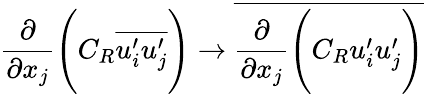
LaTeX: \frac{\partial}{\partial x_{j}}\Bigg(C_{R}\overline{{u_{i}^{\prime}u_{j}^{\prime}}}\Bigg)\rightarrow\overline{{\frac{\partial}{\partial x_{j}}\Bigg(C_{R}u_{i}^{\prime}u_{j}^{\prime}\Bigg)}}